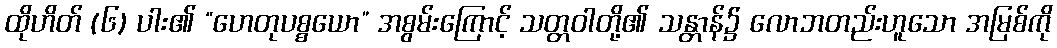
ထိုဟိတ် (၆) ပါး၏ “ဟေတုပစ္စယော” အစွမ်းကြောင့် သတ္တဝါတို့၏ သန္တာန်၌ လောဘတည်းဟူသော အမြစ်ကို